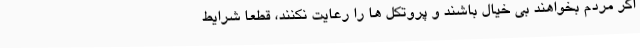
اگر مردم بخواهند بی خیال باشند و پروتکل ها را رعایت نکنند، قطعا شرایط